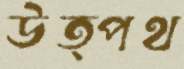
উত্পথ